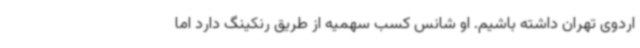
اردوی تهران داشته باشیم. او شانس کسب سهمیه از طریق رنکینگ دارد اما